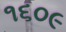
૧૬૦૯